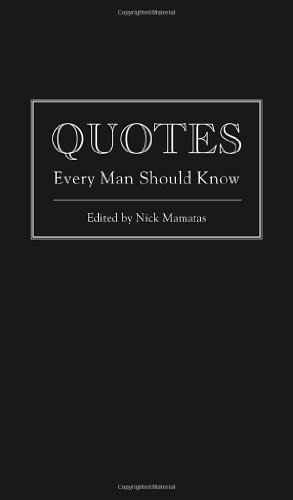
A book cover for Quotes Every Man Should Know; Nick Mamatas; Reference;